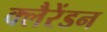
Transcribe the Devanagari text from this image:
क्लैरेंडन